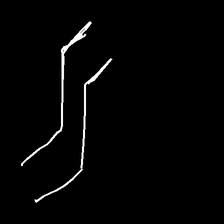
Glyph: float